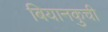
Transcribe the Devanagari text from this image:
बियानकुची